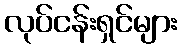
လုပ်ငန်းရှင်များ